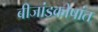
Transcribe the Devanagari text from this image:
बीजांडकोषांत